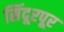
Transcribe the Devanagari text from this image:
सिंदूरपूर